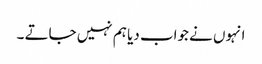
انہوں نے جواب دیا ہم نہیں جاتے ۔